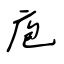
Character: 庖